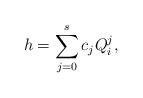
LaTeX: \begin{align*}h=\sum\limits_{j=0}^sc_jQ_i^j,\end{align*}